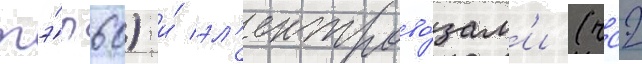
тэ́п60) и́ эл'ектрово́зам'и (чс2